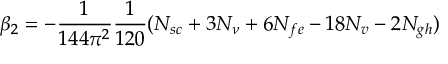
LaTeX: \beta _ { 2 } = - \frac { 1 } { 1 4 4 \pi ^ { 2 } } \frac { 1 } { 1 2 0 } ( N _ { s c } + 3 N _ { \nu } + 6 N _ { f e } - 1 8 N _ { v } - 2 N _ { g h } )